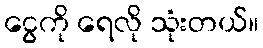
ငွေကို ရေလို သုံးတယ်။